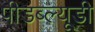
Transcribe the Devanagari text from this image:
पीडब्‍ल्‍यूडी